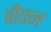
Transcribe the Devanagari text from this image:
बीवन